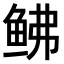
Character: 𫚒